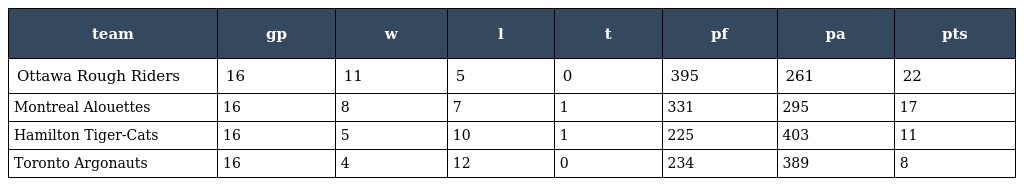
| team | gp | w | l | t | pf | pa | pts |
 | --- | --- | --- | --- | --- | --- | --- | --- |
 | Ottawa Rough Riders | 16 | 11 | 5 | 0 | 395 | 261 | 22 |
 | Montreal Alouettes | 16 | 8 | 7 | 1 | 331 | 295 | 17 |
 | Hamilton Tiger-Cats | 16 | 5 | 10 | 1 | 225 | 403 | 11 |
 | Toronto Argonauts | 16 | 4 | 12 | 0 | 234 | 389 | 8 |